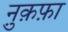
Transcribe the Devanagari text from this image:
नु़क़फ़ा